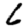
Digit: 6